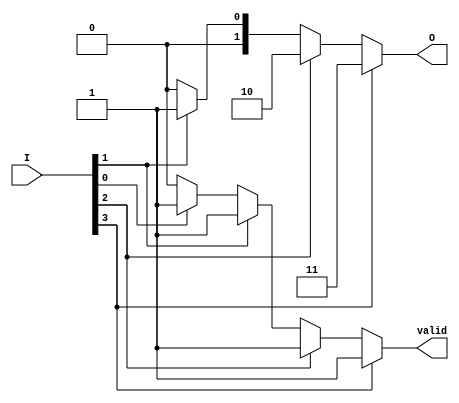
module priority_encoder (
    input  wire [3:0] I,        // 4 input signals
    output reg  [1:0] O,        // 2-bit output for encoding
    output reg        valid      // Output valid signal
);

    always @(*) begin
        // Default values
        O = 2'b00;   // Default output
        valid = 1'b0; // Default valid signal

        // Priority encoding logic
        if (I[3]) begin
            O = 2'b11; // Input I[3] is active
            valid = 1'b1;
        end else if (I[2]) begin
            O = 2'b10; // Input I[2] is active
            valid = 1'b1;
        end else if (I[1]) begin
            O = 2'b01; // Input I[1] is active
            valid = 1'b1;
        end else if (I[0]) begin
            O = 2'b00; // Input I[0] is active
            valid = 1'b1;
        end
    end

endmodule